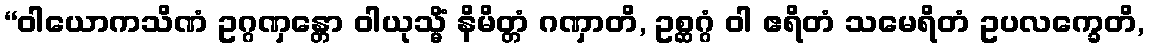
“ဝါယောကသိဏံ ဥဂ္ဂဏှန္တော ဝါယုသ္မိံ နိမိတ္တံ ဂဏှာတိ, ဥစ္ဆဂ္ဂံ ဝါ ဧရိတံ သမေရိတံ ဥပလက္ခေတိ,